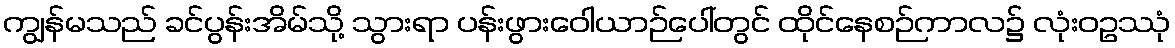
ကျွန်မသည် ခင်ပွန်းအိမ်သို့ သွားရာ ပန်းဖွားဝေါယာဉ်ပေါ်တွင် ထိုင်နေစဉ်ကာလ၌ လုံးဝဥဿုံ